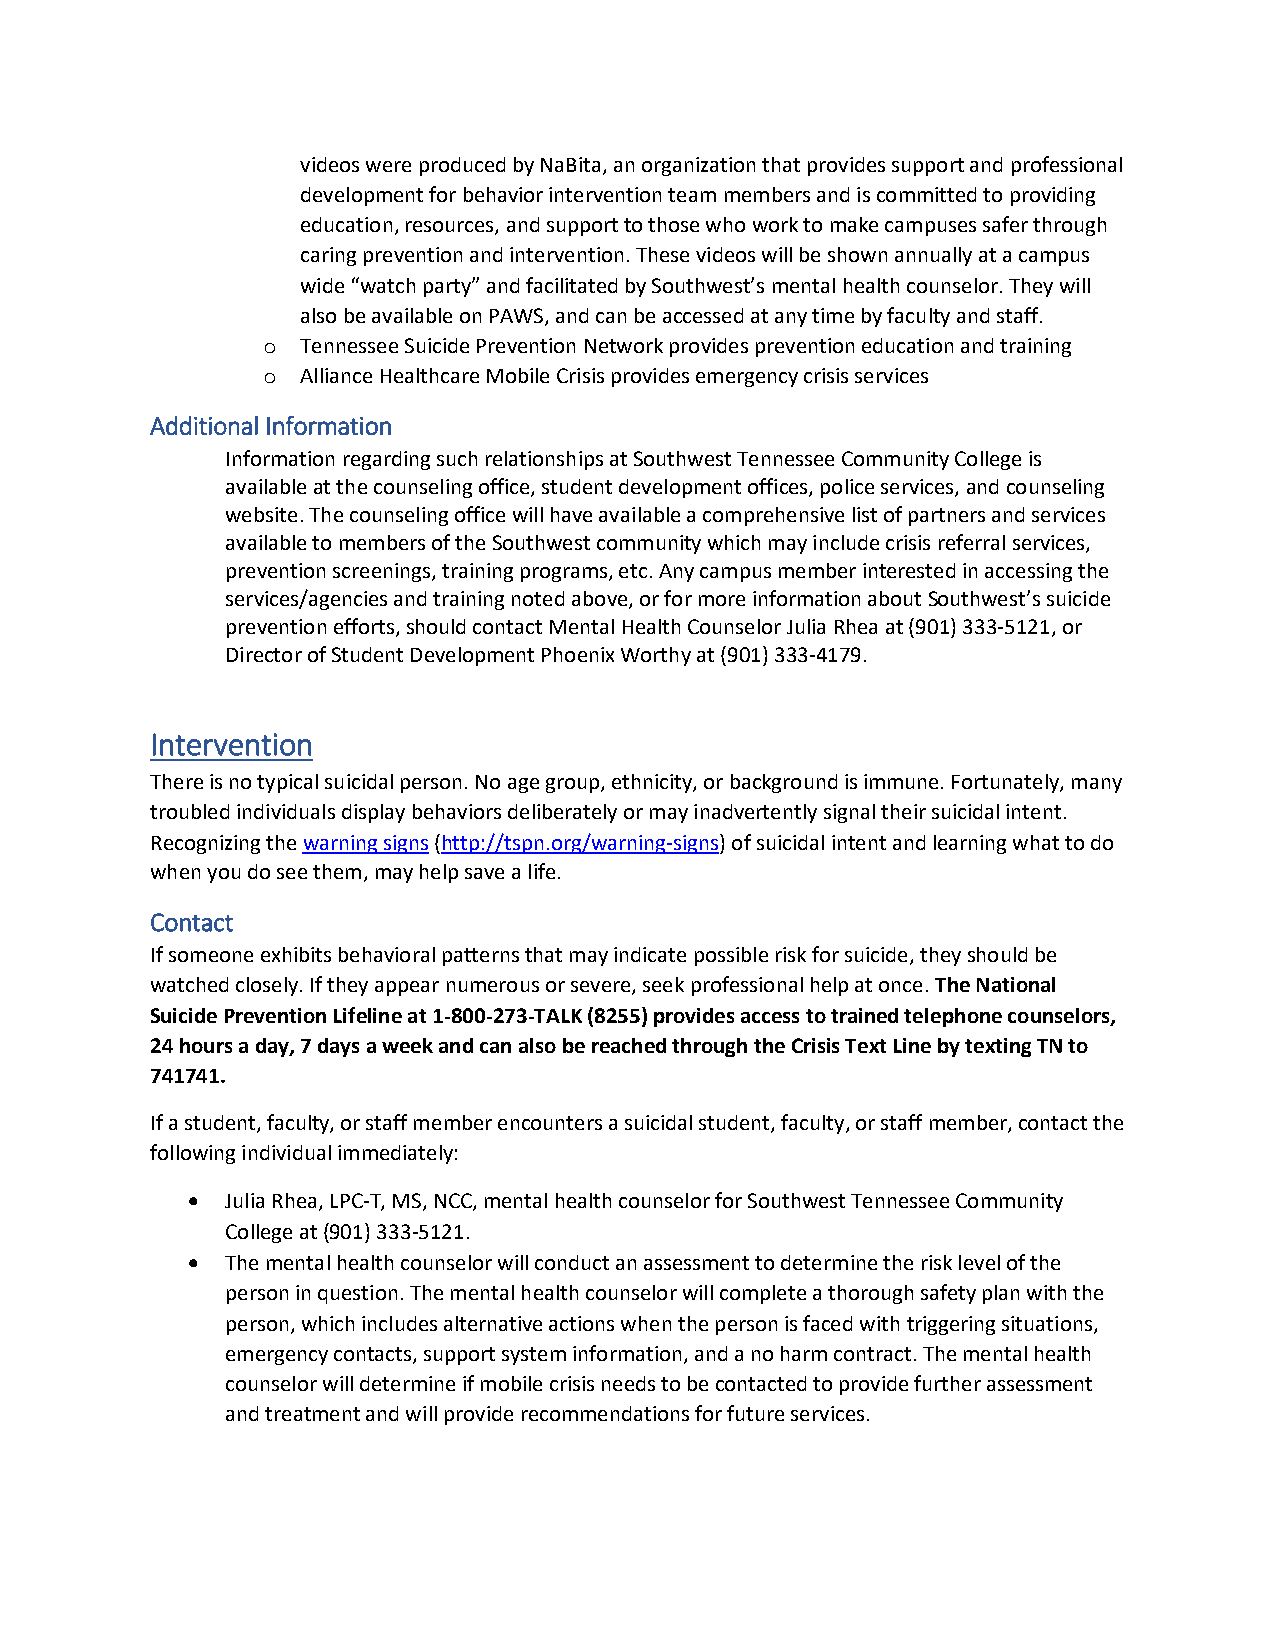
videos were produced by NaBita, an organization that provides support and professional
 development for behavior intervention team members and is committed to providing
 education, resources, and support to those who work to make campuses safer through
 caring prevention and intervention. These videos will be shown annually at a campus
 wide “watch party” and facilitated by Southwest’s mental health counselor. They will
 also be available on PAWS, and can be accessed at any time by faculty and staff.
 o  Tennessee Suicide Prevention Network provides prevention education and training
 o  Alliance Healthcare Mobile Crisis provides emergency crisis services
 Additional Information
 Information regarding such relationships at Southwest Tennessee Community College is
 available at the counseling office, student development offices, police services, and counseling
 website. The counseling office will have available a comprehensive list of partners and services
 available to members of the Southwest community which may include crisis referral services,
 prevention screenings, training programs, etc. Any campus member interested in accessing the
 services/agencies and training noted above, or for more information about Southwest’s suicide
 prevention efforts, should contact Mental Health Counselor Julia Rhea at (901) 333-5121, or
 Director of Student Development Phoenix Worthy at (901) 333-4179.
 Intervention
 There is no typical suicidal person. No age group, ethnicity, or background is immune. Fortunately, many
 troubled individuals display behaviors deliberately or may inadvertently signal their suicidal intent.
 Recognizing the warning signs (http://tspn.org/warning-signs) of suicidal intent and learning what to do
 when you do see them, may help save a life.
 Contact
 If someone exhibits behavioral patterns that may indicate possible risk for suicide, they should be
 watched closely. If they appear numerous or severe, seek professional help at once. The National
 Suicide Prevention Lifeline at 1-800-273-TALK (8255) provides access to trained telephone counselors,
 24 hours a day, 7 days a week and can also be reached through the Crisis Text Line by texting TN to
 741741.
 If a student, faculty, or staff member encounters a suicidal student, faculty, or staff member, contact the
 following individual immediately:
   Julia Rhea, LPC-T, MS, NCC, mental health counselor for Southwest Tennessee Community
 College at (901) 333-5121.
   The mental health counselor will conduct an assessment to determine the risk level of the
 person in question. The mental health counselor will complete a thorough safety plan with the
 person, which includes alternative actions when the person is faced with triggering situations,
 emergency contacts, support system information, and a no harm contract. The mental health
 counselor will determine if mobile crisis needs to be contacted to provide further assessment
 and treatment and will provide recommendations for future services.